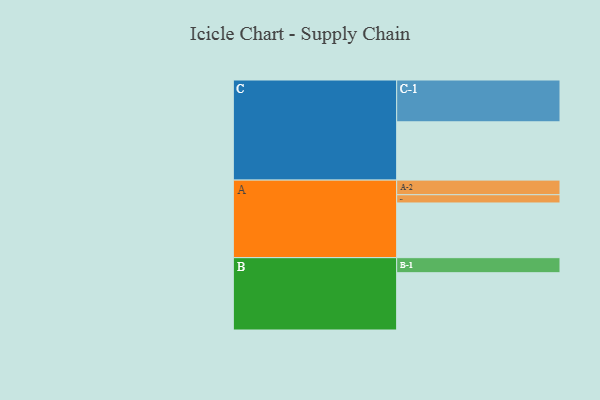
{"axis": {"x": "Segment", "y": "Value"}, "legend": ["", "A", "B", "C"], "data": [{"x": "A", "y": 378, "type": ""}, {"x": "B", "y": 396, "type": ""}, {"x": "C", "y": 403, "type": ""}, {"x": "A-1", "y": 57, "type": "A"}, {"x": "A-2", "y": 101, "type": "A"}, {"x": "B-1", "y": 104, "type": "B"}, {"x": "C-1", "y": 289, "type": "C"}]}